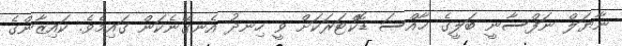
ނާޔަލް ނަފްސާނީ ބަލީގެ ޚާއްސަ ޑޮކްޓަރަކަށް ވީ ހިނދު އެނގޭނެކަން ގައިމެވެ. ކައިޒާންގެ